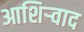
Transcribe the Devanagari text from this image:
आशिर्‍वाद